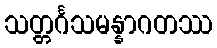
သတ္တင်္ဂသမန္နာဂတဿ